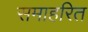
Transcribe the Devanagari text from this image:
समाहरित